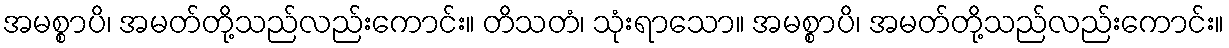
အမစ္စာပိ၊ အမတ်တို့သည်လည်းကောင်း။ တိသတံ၊ သုံးရာသော။ အမစ္စာပိ၊ အမတ်တို့သည်လည်းကောင်း။